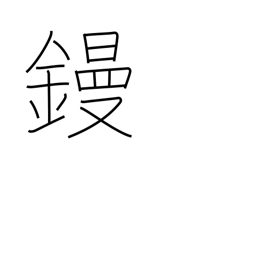
Meaning: flat iron